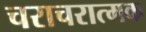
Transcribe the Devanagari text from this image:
चराचरात्मक